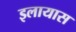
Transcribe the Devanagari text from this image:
इलायास